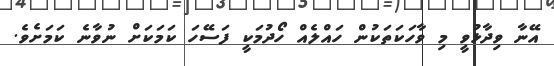
އޭނާ ވިދާޅުވީ މި ވާހަކަތަކުން ހައްލެއް ހޯދުމަކީ ފަސޭހަ ކަމަކަށް ނުވާނެ ކަމަށެވެ.